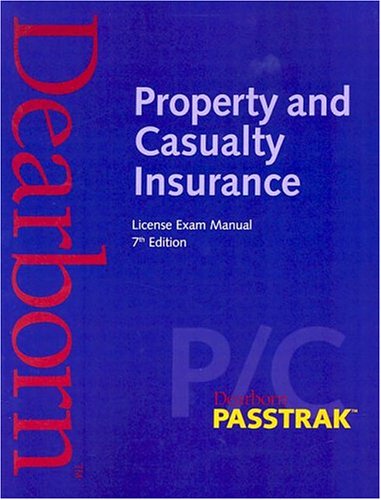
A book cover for Property and Casualty Insurance License Exam Manual, 7th Edition; Business & Money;